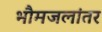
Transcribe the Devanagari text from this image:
भौमजलांतर